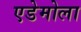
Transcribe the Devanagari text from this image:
एडेमोला